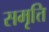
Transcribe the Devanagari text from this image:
समृत्ति